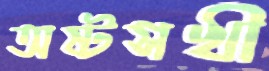
অষ্টসখী